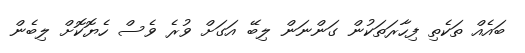
ބައެއް ތަކެތި ފިހާރަތަކުން ގަންނަން ލިބޭ އަގަށް ވުރެ ވެސް ހެޔޮކޮށް ލިބެން